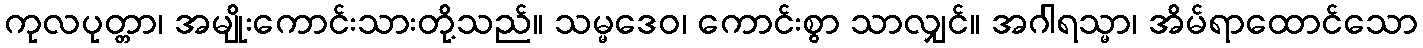
ကုလပုတ္တာ၊ အမျိုးကောင်းသားတို့သည်။ သမ္မဒေဝ၊ ကောင်းစွာ သာလျှင်။ အဂါရသ္မာ၊ အိမ်ရာထောင်သော